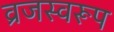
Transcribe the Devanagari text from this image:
व्रजस्वरूप